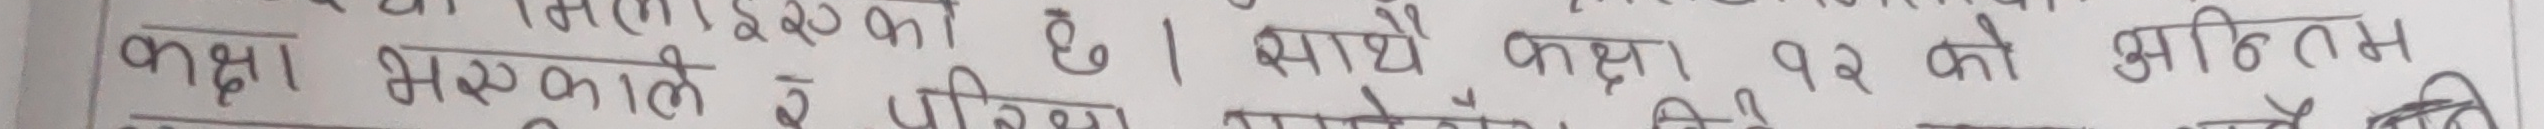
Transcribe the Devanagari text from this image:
कक्षा। भक्तकाले ₹ परिशेको छ। साथै कक्षा १२ को अन्तिम